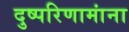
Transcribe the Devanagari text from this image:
दुष्परिणामांना